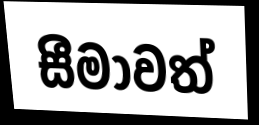
සීමාවත්